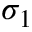
\sigma _ { 1 }